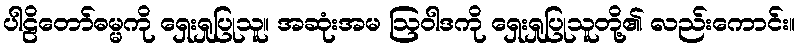
ပါဠိတော်ဓမ္မကို ရှေးရှုပြုသူ။ အဆုံးအမ ဩဝါဒကို ရှေးရှုပြုသူတို့၏ လည်းကောင်း။